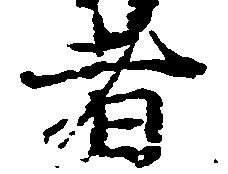
者